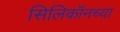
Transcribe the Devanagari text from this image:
सिलिकॉनच्या